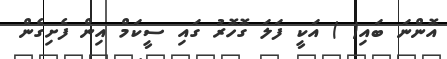
އޮންނަ ބައި( ) އަކީ ފަލަ ގޮހޮރު ގައި ސީކަމް އިން ފެށިގެން